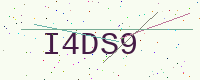
Text: I4DS9